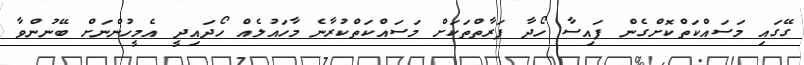
ގޭގައި މަސައްކަތްކޮށްގެން ފައިސާ ހޯދާ ފަރާތްތަކަށް މަސައްކަތްކުރާނެ މާހައުލެއް ހޯދައިދީ އެމީހުންނަށް ބޭނުންވާ